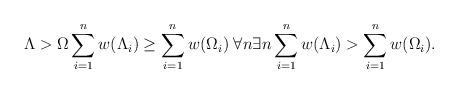
LaTeX: \begin{align*}\Lambda > \Omega& \sum_{i=1}^n w(\Lambda_i) \geq \sum_{i=1}^n w(\Omega_i) \; \forall n \exists n \sum_{i=1}^n w(\Lambda_i) > \sum_{i=1}^n w(\Omega_i) .\end{align*}